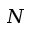
N